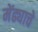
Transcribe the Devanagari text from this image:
मेंढ्याचे